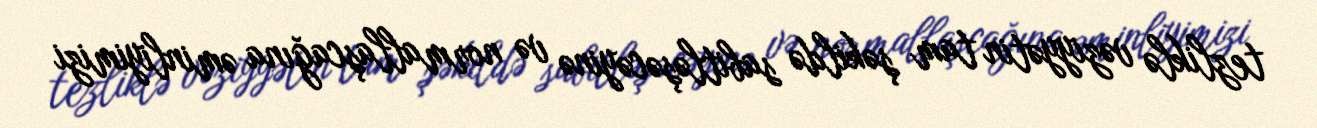
tezliklə vəziyyətin tam şəkildə sabitləşəcəyinə və normallaşcağına əminliyimizi